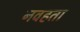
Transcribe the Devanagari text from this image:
नवहता